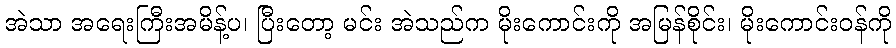
အဲသာ အရေးကြီးအမိန့်ပ၊ ပြီးတော့ မင်း အဲသည်က မိုးကောင်းကို အမြန်စိုင်း၊ မိုးကောင်းဝန်ကို